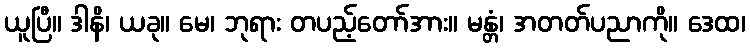
ယူပြီ။ ဒါနိ၊ ယခု။ မေ၊ ဘုရား တပည့်တော်အား။ မန္တံ၊ အတတ်ပညာကို။ ဒေထ၊